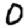
Digit: 0